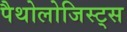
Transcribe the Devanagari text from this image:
पैथोलोजिस्ट्स